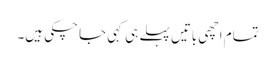
تمام اچھی باتیں پہلے ہی کہی جا چکی ہیں۔